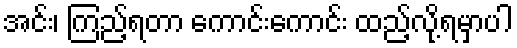
အင်း၊ ကြည့်ရတာ ကောင်းကောင်း ထည့်လို့ရမှာပါ